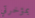
بمؤخرتي